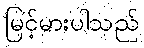
မြင့်မားပါသည်